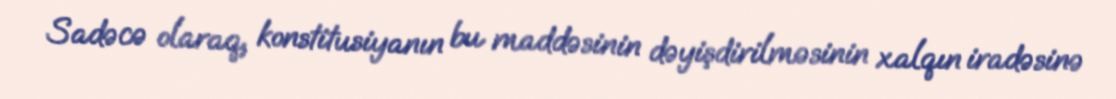
Sadəcə olaraq, konstitusiyanın bu maddəsinin dəyişdirilməsinin xalqın iradəsinə